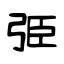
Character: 弫